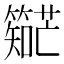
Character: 𬕼